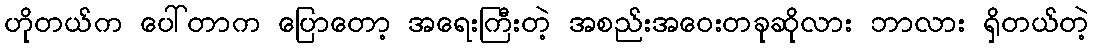
ဟိုတယ်က ပေါ်တာက ပြောတော့ အရေးကြီးတဲ့ အစည်းအဝေးတခုဆိုလား ဘာလား ရှိတယ်တဲ့